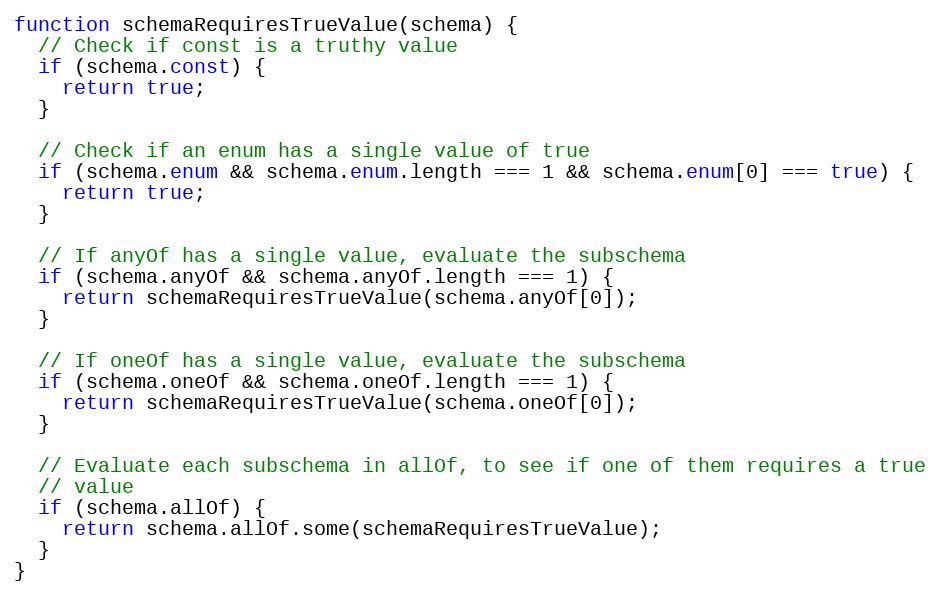
Language: JavaScript
function schemaRequiresTrueValue(schema) {
  // Check if const is a truthy value
  if (schema.const) {
    return true;
  }

  // Check if an enum has a single value of true
  if (schema.enum && schema.enum.length === 1 && schema.enum[0] === true) {
    return true;
  }

  // If anyOf has a single value, evaluate the subschema
  if (schema.anyOf && schema.anyOf.length === 1) {
    return schemaRequiresTrueValue(schema.anyOf[0]);
  }

  // If oneOf has a single value, evaluate the subschema
  if (schema.oneOf && schema.oneOf.length === 1) {
    return schemaRequiresTrueValue(schema.oneOf[0]);
  }

  // Evaluate each subschema in allOf, to see if one of them requires a true
  // value
  if (schema.allOf) {
    return schema.allOf.some(schemaRequiresTrueValue);
  }
}